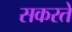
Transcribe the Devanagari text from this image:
सकरते